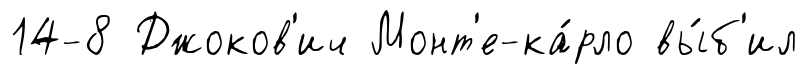
14-8 Джоков'ич Монт'е-ка́рло вы́б'ил